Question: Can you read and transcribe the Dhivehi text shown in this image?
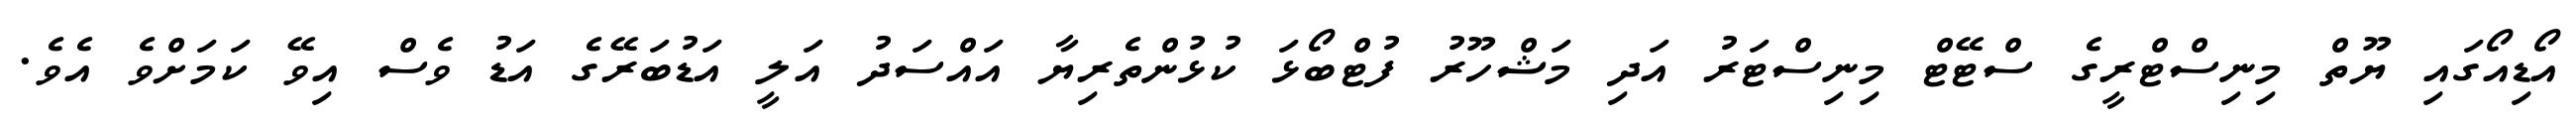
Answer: އޯޑިއޯގައި ޔޫތް މިނިސްޓްރީގެ ސްޓޭޓް މިނިސްޓަރު އަދި މަޝްހޫރު ފުޓްބޯޅަ ކުޅުންތެރިޔާ އައްސަދު އަލީ އަޑުބަރޭގެ އަޑު ވެސް އިވޭ ކަމަށްވެ އެވެ.